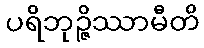
ပရိဘုဉ္ဇိဿာမီတိ